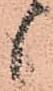
候